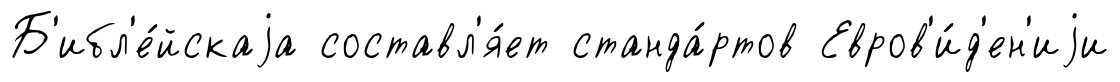
Б'ибл'е́йскаjа составл'я́ет станда́ртов Евров'и́д'ен'иjи